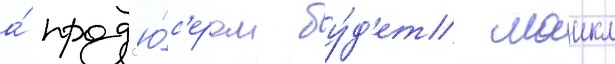
а́ прод'ю́с'ером бу́д'ет маикл